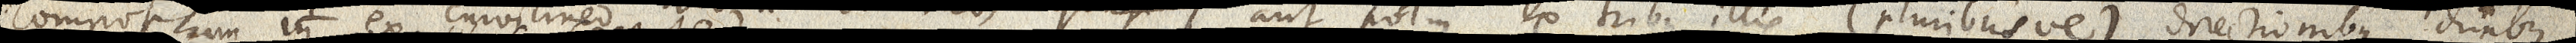
compositum inex curvilineo illo & rectilineo, quasi s aut potius ex tribus illis (pluribusve) directionibus, duabus